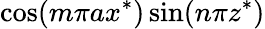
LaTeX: \cos(m\pi ax^{*})\sin(n\pi z^{*})